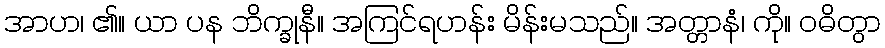
အာဟ၊ ၏။ ယာ ပန ဘိက္ခုနီ။ အကြင်ရဟန်း မိန်းမသည်။ အတ္တာနံ၊ ကို။ ဝဓိတွာ